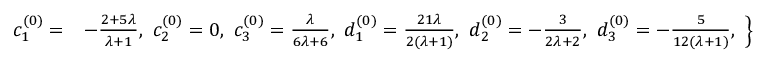
\left. \begin{array} { l l } { c _ { 1 } ^ { ( 0 ) } = } & { - \frac { 2 + 5 \lambda } { \lambda + 1 } , ~ c _ { 2 } ^ { ( 0 ) } = 0 , ~ c _ { 3 } ^ { ( 0 ) } = \frac { \lambda } { 6 \lambda + 6 } , ~ d _ { 1 } ^ { ( 0 ) } = \frac { 2 1 \lambda } { 2 ( \lambda + 1 ) } , ~ d _ { 2 } ^ { ( 0 ) } = - \frac { 3 } { 2 \lambda + 2 } , ~ d _ { 3 } ^ { ( 0 ) } = - \frac { 5 } { 1 2 ( \lambda + 1 ) } , } \end{array} \right\}